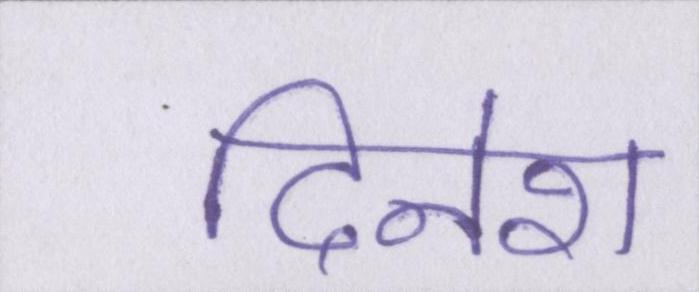
दिनेश